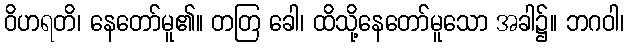
ဝိဟရတိ၊ နေတော်မူ၏။ တတြ ခေါ၊ ထိသို့နေတော်မူသော အခါ၌။ ဘဂဝါ၊